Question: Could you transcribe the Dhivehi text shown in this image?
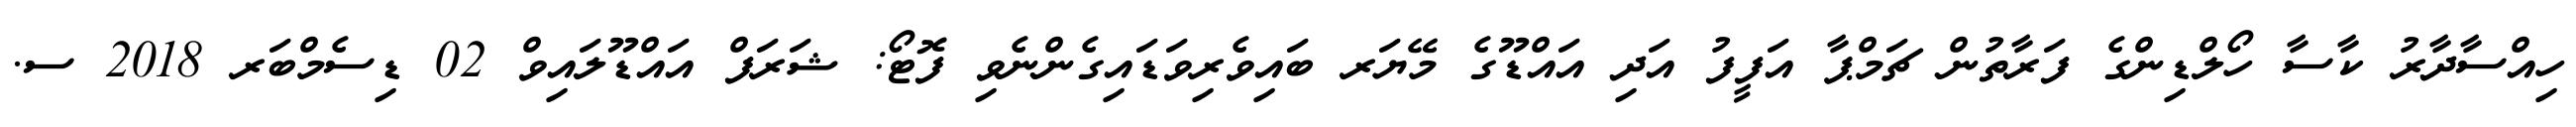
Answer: ހިއްސާދާރު ކާސާ ހޯލްޑިންގެ ފަރާތުން ޗަމްޕާ އަފީފު އަދި އައްޑޫގެ މޭޔަރ ބައިވެރިވަޑައިގެންނެވި ފޮޓޯ: ޝަރަފް އައްޑޫލައިވް 02 ޑިސެމްބަރ 2018 ސ.